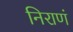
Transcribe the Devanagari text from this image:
निराणं